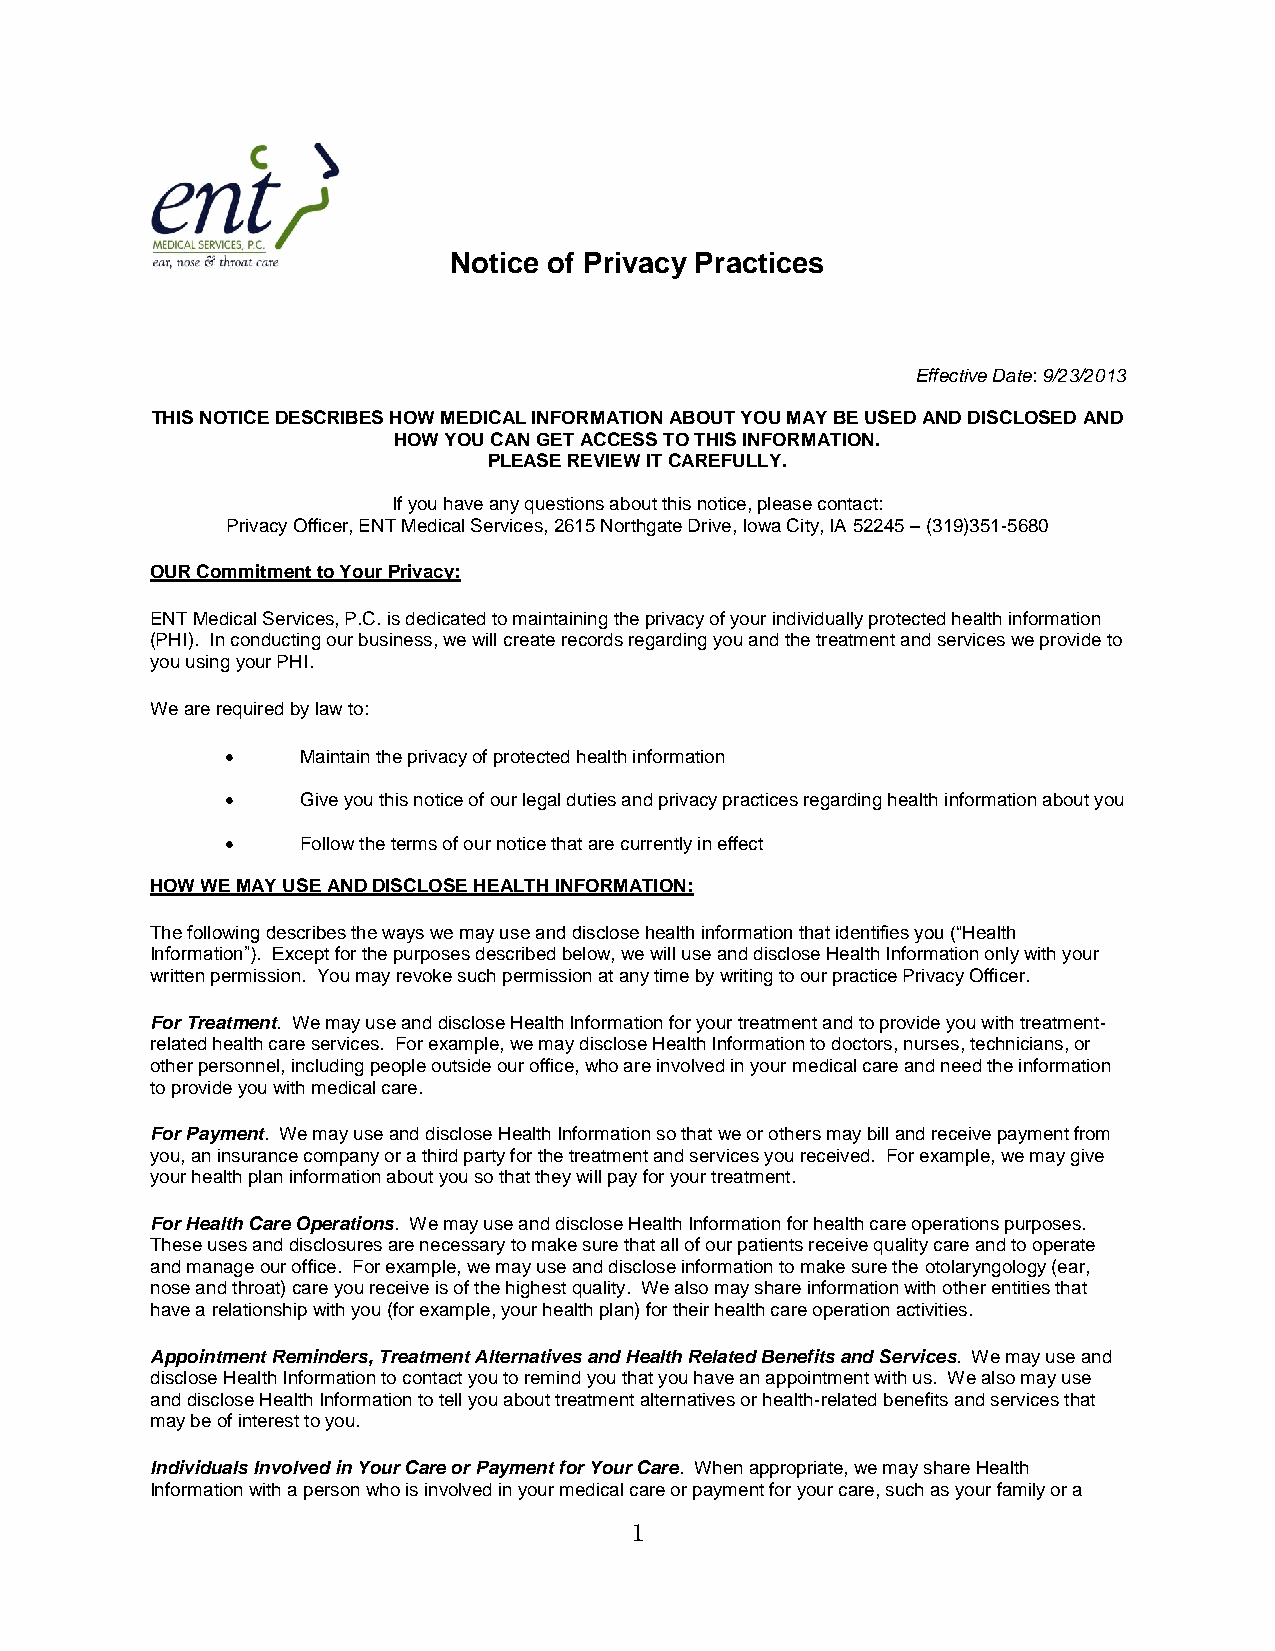
Notice of Privacy Practices
 Effective Date: 9/23/2013
 THIS NOTICE DESCRIBES HOW MEDICAL INFORMATION ABOUT YOU MAY BE USED AND DISCLOSED AND
 HOW YOU CAN GET ACCESS TO THIS INFORMATION.
 PLEASE REVIEW IT CAREFULLY.
 If you have any questions about this notice, please contact:
 Privacy Officer, ENT Medical Services, 2615 Northgate Drive, Iowa City, IA 52245 – (319)351-5680
 OUR Commitment to Your Privacy:
 ENT Medical Services, P.C. is dedicated to maintaining the privacy of your individually protected health information
 (PHI). In conducting our business, we will create records regarding you and the treatment and services we provide to
 you using your PHI.
 We are required by law to:
     Maintain the privacy of protected health information
     Give you this notice of our legal duties and privacy practices regarding health information about you
     Follow the terms of our notice that are currently in effect
 HOW WE MAY USE AND DISCLOSE HEALTH INFORMATION:
 The following describes the ways we may use and disclose health information that identifies you (“Health
 Information”). Except for the purposes described below, we will use and disclose Health Information only with your
 written permission. You may revoke such permission at any time by writing to our practice Privacy Officer.
 For Treatment. We may use and disclose Health Information for your treatment and to provide you with treatment-
 related health care services. For example, we may disclose Health Information to doctors, nurses, technicians, or
 other personnel, including people outside our office, who are involved in your medical care and need the information
 to provide you with medical care.
 For Payment. We may use and disclose Health Information so that we or others may bill and receive payment from
 you, an insurance company or a third party for the treatment and services you received. For example, we may give
 your health plan information about you so that they will pay for your treatment.
 For Health Care Operations. We may use and disclose Health Information for health care operations purposes.
 These uses and disclosures are necessary to make sure that all of our patients receive quality care and to operate
 and manage our office. For example, we may use and disclose information to make sure the otolaryngology (ear,
 nose and throat) care you receive is of the highest quality. We also may share information with other entities that
 have a relationship with you (for example, your health plan) for their health care operation activities.
 Appointment Reminders, Treatment Alternatives and Health Related Benefits and Services. We may use and
 disclose Health Information to contact you to remind you that you have an appointment with us. We also may use
 and disclose Health Information to tell you about treatment alternatives or health-related benefits and services that
 may be of interest to you.
 Individuals Involved in Your Care or Payment for Your Care. When appropriate, we may share Health
 Information with a person who is involved in your medical care or payment for your care, such as your family or a
 1